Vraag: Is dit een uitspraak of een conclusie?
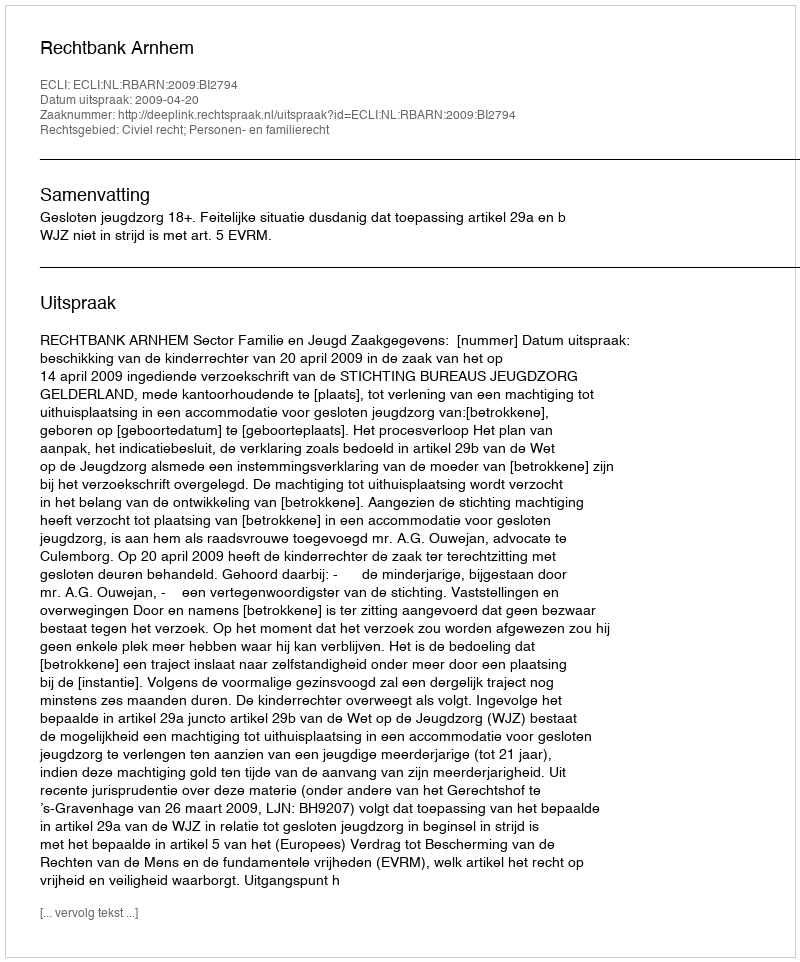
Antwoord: Uitspraak